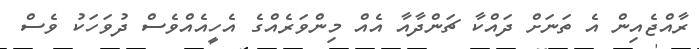
ރާއްޖެއިން އެ ތަނަށް ދައްކާ ޗަންދާއާ އެއް މިންވަރެއްގެ އެހީއެއްވެސް ދުވަހަކު ވެސް